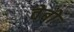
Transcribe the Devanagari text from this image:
वेबो